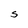
Character: S